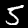
Label: 5